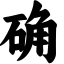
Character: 确